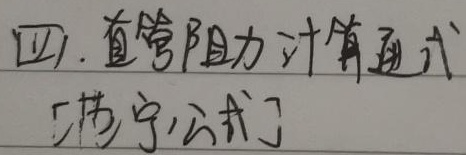
四. 直管阻力计算通式[范宁公式]